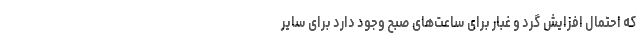
که احتمال افزایش گرد و غبار برای ساعت‌های صبح وجود دارد برای سایر